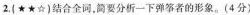
2. (★★☆) 结合全词，简要分析一下弹筝者的形象。(4分)